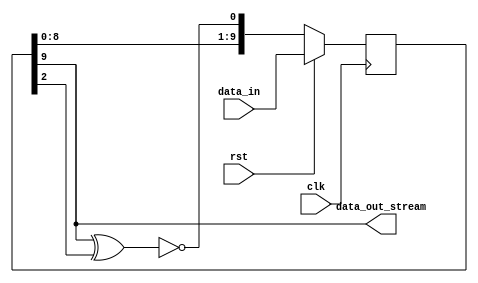
`timescale 1ns / 1ps
//////////////////////////////////////////////////////////////////////////////////
// Company: 
// Engineer: 
// 
// Design Name: 
// Module Name: prn_seq_gen
// Project Name: 
// Target Devices: 
// Tool Versions: 
// Description: 
// 
// Dependencies: 
// 
// Revision:
// Revision 0.01 - File Created
// Additional Comments:
// 
//////////////////////////////////////////////////////////////////////////////////

// 10 bit LFSR (Linear feedback shift register)

module prn_seq_gen(input clk, rst, input [9:0] data_in, output [0:0] data_out_stream);

wire temp;
reg [9:0] data_out; // need to change accordingly in testbench

always @ (posedge clk) begin
if (rst) data_out = data_in;
else data_out = {data_out[8:0], temp};
end

assign temp = ~(data_out[9] ^ data_out[2]);

assign data_out_stream = data_out[9];

endmodule